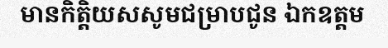
មានកិត្តិយសសូមជម្រាបជូន ឯកឧត្តម